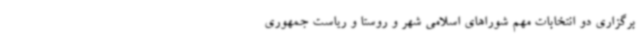
برگزاری دو انتخابات مهم شوراهای اسلامی شهر و روستا و ریاست جمهوری